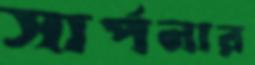
সার্পনার